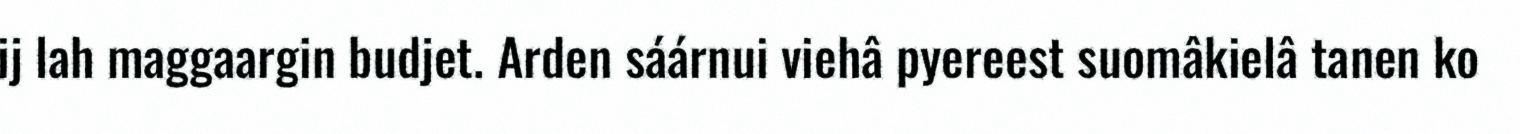
ij lah maggaargin budjet. Arden sáárnui viehâ pyereest suomâkielâ tanen ko